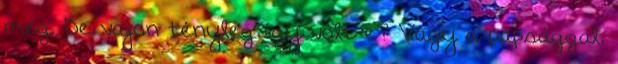
meg. De vajon tényleg így volt-e? Vagy a papsággal,